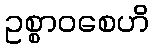
ဥစ္စာဝစေဟိ